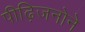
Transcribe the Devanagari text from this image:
पीढ़िजनोने